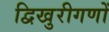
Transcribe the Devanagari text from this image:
द्विखुरीगणों